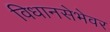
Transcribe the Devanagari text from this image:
विधानसेभेवर